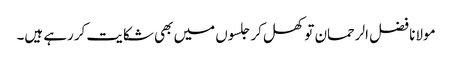
مولانا فضل الرحمان تو کھل کر جلسوں میں بھی شکایت کررہے ہیں۔